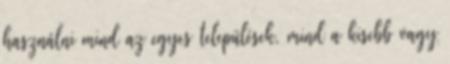
használni mind az egyes települések, mind a kisebb vagy